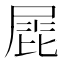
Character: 𡲩